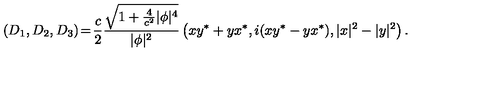
( D _ { 1 } , D _ { 2 } , D _ { 3 } ) \! = \! { \frac { c } { 2 } } { \frac { \sqrt { 1 + { \frac { 4 } { c ^ { 2 } } } | \phi | ^ { 4 } } } { | \phi | ^ { 2 } } } \left( x y ^ { * } + y x ^ { * } , i ( x y ^ { * } - y x ^ { * } ) , | x | ^ { 2 } - | y | ^ { 2 } \right) .